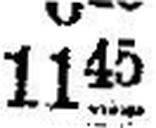
1145